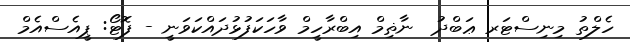
ހެލްތު މިނިސްޓަރ ޢަބްދު  ނާޡިމް އިބްރާހީމް ވާހަކަފުޅުދައްކަވަނީ - ފޮޓޯ: ޕީއެސްއެމް